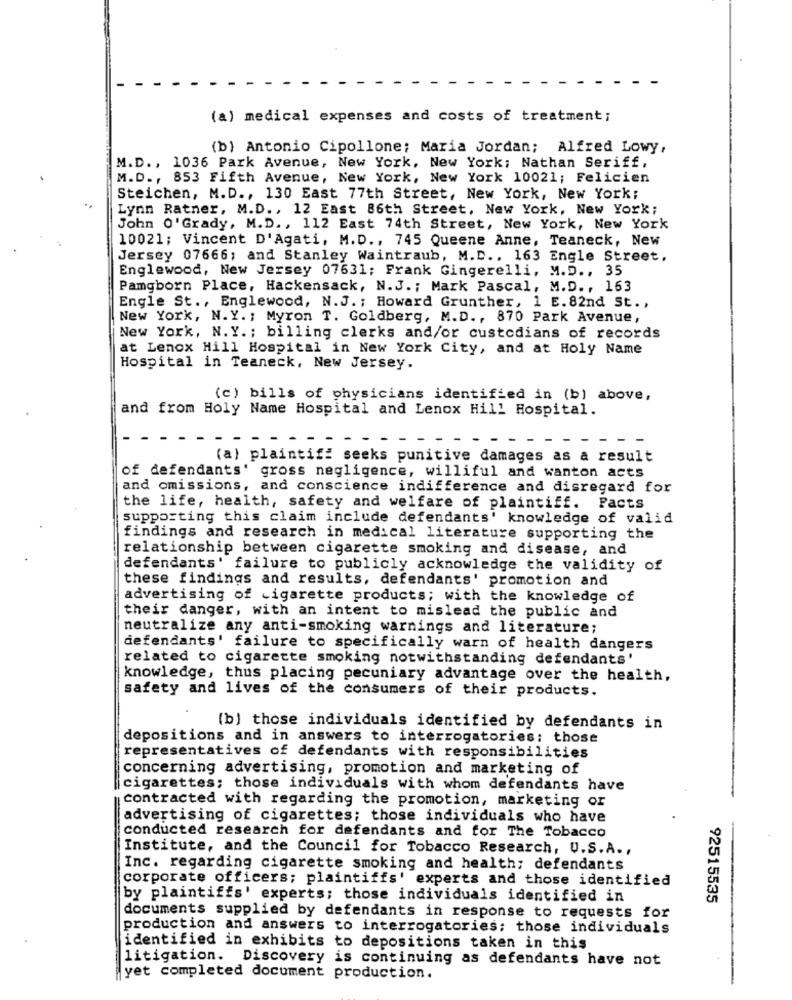
(a) medical expenses and costs of treatment;
(b) Antonio Cipollone; Maria Jordan; Alfred Lowy,
M.D ., 1036 Park Avenue, New York, New York; Nathan Seriff,
M.D ., 853 Fifth Avenue, New York, New York 10021; Felicien
Steichen, M.D ., 130 East 77th Street, New York, New York;
Lynn Ratner, M.D ., 12 East 86th Street, New York, New York;
John O'Grady, M.D ., 112 East 74th Street, New York, New York
10021; Vincent D'Agati, M.D ., 745 Queene Anne, Teaneck, New
Jersey 07666; and Stanley Waintraub, M.D .. 163 Engle Street,
Englewood, New Jersey 07631; Frank Gingerelli, M.D ., 35
Pamgborn Place, Hackensack, N.J. ; Mark Pascal, M.D ., 163
Engle St ., Englewood, N.J. ; Howard Grunther, 1 E. 82nd St .,
New York, N.Y. ; Myron T. Goldberg, M.D ., 870 Park Avenue,
New York, N. Y. ; billing clerks and/or custodians of records
at Lenox Hill Hospital in New York City, and at Holy Name
Hospital in Teaneck, New Jersey.
(c) bills of physicians identified in (b) above,
and from Holy Name Hospital and Lenox Hill Hospital.
(a) plaintiff seeks punitive damages as a result
of defendants' gross negligence, williful and wanton acts
and omissions, and conscience indifference and disregard for
the life, health, safety and welfare of plaintiff. Facts
supporting this claim include defendants' knowledge of valid
findings and research in medical literature supporting the
relationship between cigarette smoking and disease, and
defendants' failure to publicly acknowledge the validity of
these findings and results, defendants' promotion and
advertising of cigarette products; with the knowledge of
their danger, with an intent to mislead the public and
neutralize any anti-smoking warnings and literature;
defendants' failure to specifically warn of health dangers
related to cigarette smoking notwithstanding defendants'
knowledge, thus placing pecuniary advantage over the health,
safety and lives of the consumers of their products.
(b) those individuals identified by defendants in
depositions and in answers to interrogatories; those
representatives of defendants with responsibilities
concerning advertising, promotion and marketing of
cigarettes; those individuals with whom defendants have
contracted with regarding the promotion, marketing or
advertising of cigarettes; those individuals who have
conducted research for defendants and for The Tobacco
Institute, and the Council for Tobacco Research, U.S.A .,
Inc. regarding cigarette smoking and health; defendants
corporate officers; plaintiffs' experts and those identified
by plaintiffs' experts; those individuals identified in
92515535
documents supplied by defendants in response to requests for
production and answers to interrogatories; those individuals
identified in exhibits to depositions taken in this
litigation. Discovery is continuing as defendants have not
yet completed document production.